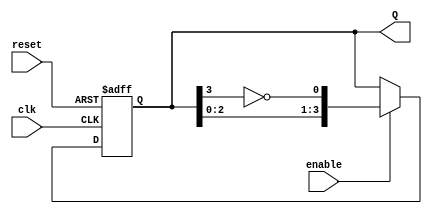
module JohnsonCounter #(
    parameter N = 4  // Parameter for the number of bits in the counter
)(
    input wire clk,      // Clock signal
    input wire reset,    // Asynchronous reset signal
    input wire enable,    // Clock enable signal
    output reg [N-1:0] Q // Output of the counter
);

    // Always block for the counter behavior
    always @(posedge clk or posedge reset) begin
        if (reset) begin
            // Initialize the counter to 0 on reset
            Q <= 0;
        end else if (enable) begin
            // Johnson counter state transition
            Q <= {Q[N-2:0], ~Q[N-1]};
        end
    end

endmodule